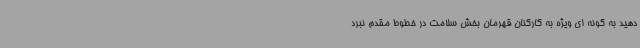
دهید به گونه ای ویژه به کارکنان قهرمان بخش سلامت در خطوط مقدم نبرد